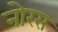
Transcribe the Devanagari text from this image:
नोरस